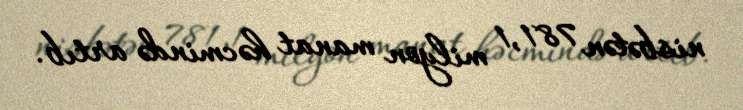
nisbətən 781,1 milyon manat həcmində artıb.